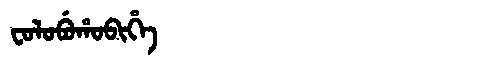
Manchu: ᠸᠣᠯᠣᠪᡠᡥᠣᠪᡳᡥᡝ
Romanization: FOLOBUHOBIHE